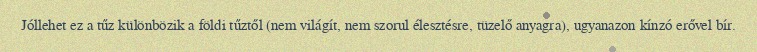
Jóllehet ez a tűz különbözik a földi tűztől (nem világít, nem szorul élesztésre, tüzelő anyagra), ugyanazon kínzó erővel bír.